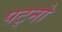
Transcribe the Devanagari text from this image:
पट्नो